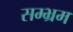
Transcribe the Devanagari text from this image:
सम्भ्रम